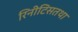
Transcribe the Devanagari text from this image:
रिनीटिसतथा